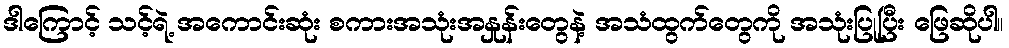
ဒါကြောင့် သင့်ရဲ့ အကောင်းဆုံး စကားအသုံးအနှုန်းတွေနဲ့ အသံထွက်တွေကို အသုံးပြုပြီး ဖြေဆိုပါ။